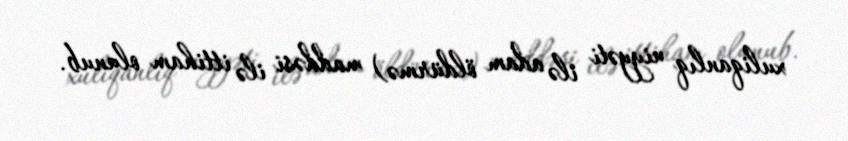
xuliqanlıq niyyəti ilə adam öldürmə) maddəsi ilə ittiham olunub.